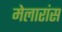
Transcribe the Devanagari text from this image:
मेलारांस